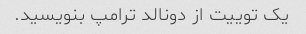
یک توییت از دونالد ترامپ بنویسید.